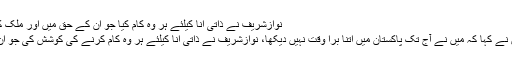
نوازشریف نے ذاتی انا کیلئے ہر وہ کام کیا جو ان کے حق میں اور ملک کے خلاف ہو، چودھری شجاعت حسین
دوسری جانب چودھری شجاعت حسین نے کہا کہ میں نے آج تک پاکستان میں اتنا برا وقت نہیں دیکھا، نوازشریف نے ذاتی انا کیلئے ہر وہ کام کرنے کی کوشش کی جو ان کے حق میں اور ملک کے خلاف ہو۔